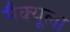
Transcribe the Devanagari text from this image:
मैक्‍यूला